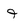
Character: 9